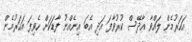
އަހަރުމެން ލައްވާ އާދޭސް ކުރުވާފަ އަދި އެބަ އިނެއްނު ފާޑަކަށް ހެވިފަ އަހަރުމެން